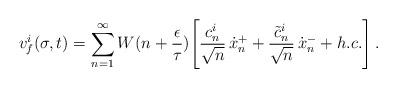
LaTeX: \begin{align*}v_f^i (\sigma,t) = \sum_{n=1}^\infty W(n+\frac{\epsilon}{\tau})\Biggl[ \frac{c_n^i}{\sqrt{n}} \, \dot{x}_n^++ \frac{\tilde{c}_n^i}{\sqrt{n}} \, \dot{x}_n^- + h.c. \Biggr] \, .\end{align*}